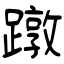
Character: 蹾